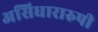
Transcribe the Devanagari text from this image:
असिधारारुपी